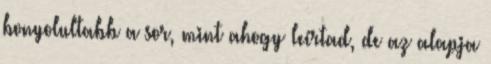
bonyolultabb a sor, mint ahogy leírtad, de az alapja